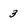
Character: 3